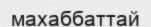
махаббаттай